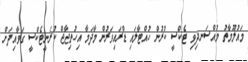
މައުލޫމާތު މުއްސަނދިވި ޓެކްސީ ކުރުން ހުއްޓާލައި ޑްރައިވަރުން މާދަމާ އިހުތިޖާޖް ކުރަނީޓެކްސީ ގަވާއިދަށް